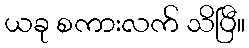
ယခု စကားလက် သိပြီ။